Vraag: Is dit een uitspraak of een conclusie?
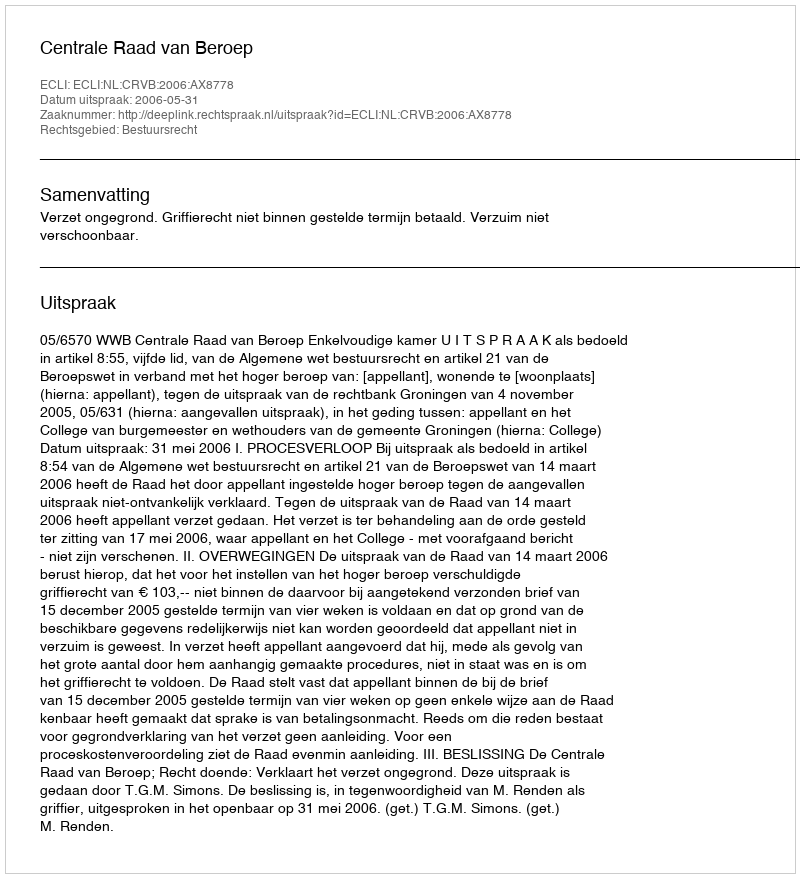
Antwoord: Uitspraak